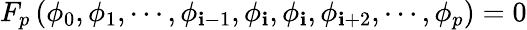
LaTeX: F_{p}\left(\phi_{0},\phi_{1},\cdots,\phi_{\mathbf{i}-1},\phi_{\mathbf{i}},\phi_{\mathbf{i}},\phi_{\mathbf{i}+2},\cdots,\phi_{p}\right)=0